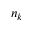
n _ { k }